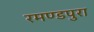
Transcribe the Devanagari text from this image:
रमण्डपुरा